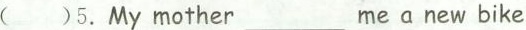
( )5.My mother___me a new bike